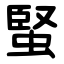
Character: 蜸